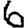
Digit: 6